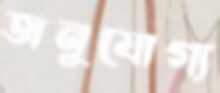
অনুযোগ্য